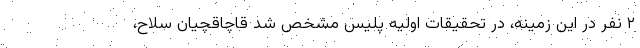
۲ نفر در این زمینه، در تحقیقات اولیه پلیس مشخص شد قاچاقچیان سلاح،